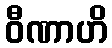
ဝီဏာဟိ